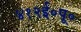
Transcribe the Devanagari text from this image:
४१२ई॰पू॰